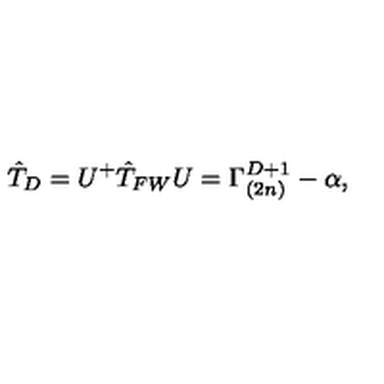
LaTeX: \hat { T } _ { D } = U ^ { + } \hat { T } _ { F W } U = \Gamma _ { ( 2 n ) } ^ { D + 1 } - \alpha ,